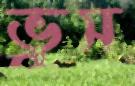
ভুস